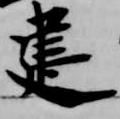
建